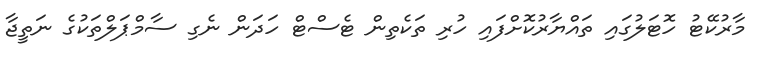
މާރުކޭޓު ހޮޓަލުގައި ތައްޔާރުކޮށްފައި ހުރި ތަކެތިން ޓެސްޓް ހަދަން ނެގި ސާމްޕަލްތަކުގެ ނަތީޖާ